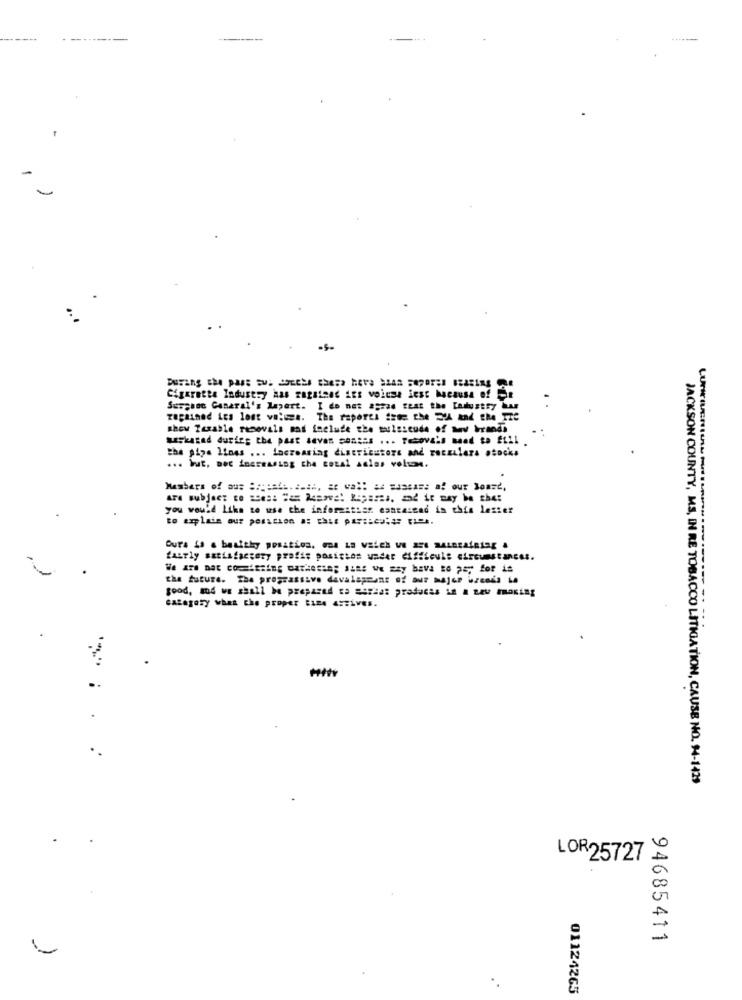
---
Cigarette Industry has ragrises ies voirse iest hacausa of Fie
Surguac Canaral's lapert. I do not agrad that the Ladlustry ing
Tagained Les lost volume. The reports iste the ZA and the TTC
show Parable removals mad include the mulascude of My brands
seskarad during the past seven seasss ... Tezovala Bed to fill
the pipe lines ... increasing distributors and roczulara stocks
... but, Det increasing the total asles volsn.
Members of aus :: psali. 2.ah, at vall &c sassass af our Board,
are subject to somsa "as hesove! Ropares, and it may be the:
you would Like to use the information conta:mad in this lester
Dura is a basitky position. God La vaich Ve 254 MALBEAiRISE .
fastly satisfactory profi; posicion under difficule circumstances.
the future. The prograssive davalaprant of aur major breeds Le
good, md we shall be prepared to assist praducas in a new making
CARAgary what the proper time Atives.
..
JACKSON COUNTY, MS, IN RE TOBACCO LITIGATION, CAUSE NO. 94-1429
LOR25727.
94685411
01124265